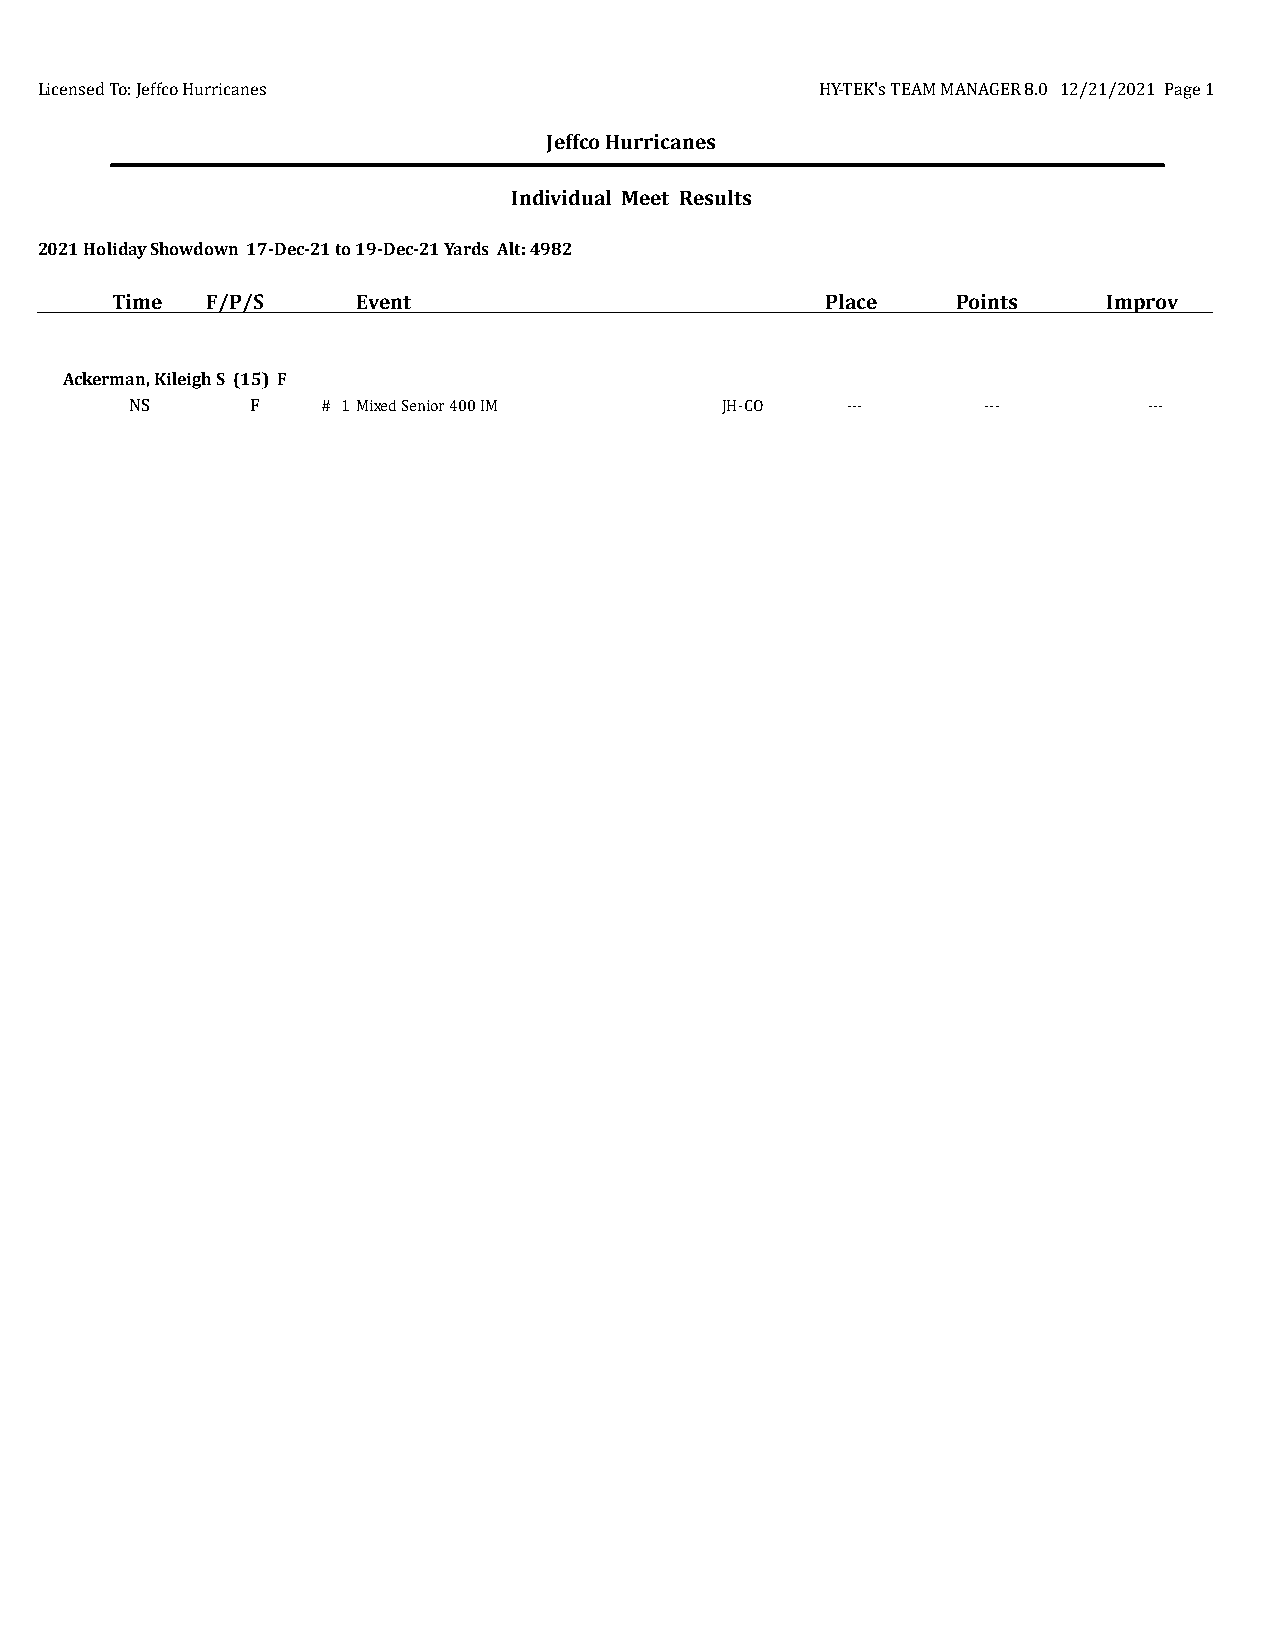
Licensed To: Jeffco Hurricanes                      HY-TEK's TEAM MANAGER 8.0 12/21/2021 Page 1
 Jeffco Hurricanes
 Individual Meet Results
 2021 Holiday Showdown 17-Dec-21 to 19-Dec-21 Yards Alt: 4982
 Time   F/P/S     Event                          Place   Points    Improv
 Ackerman, Kileigh S (15) F
 NS      F   # 1Mixed Senior 400 IM     JH-CO   ---      ---        ---